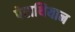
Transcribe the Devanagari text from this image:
पेराथियान